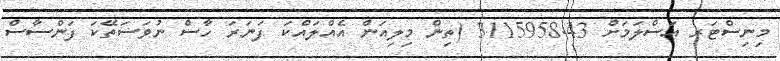
މިނިސްޓަރ އަސްލަމަށް 3115958.43 (ތިން މިލިއަން އެއްލައްކަ ފަނަރަ ހާސް ނުވަސަތޭކަ ފަންސާސް